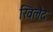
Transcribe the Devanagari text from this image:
खिलैद